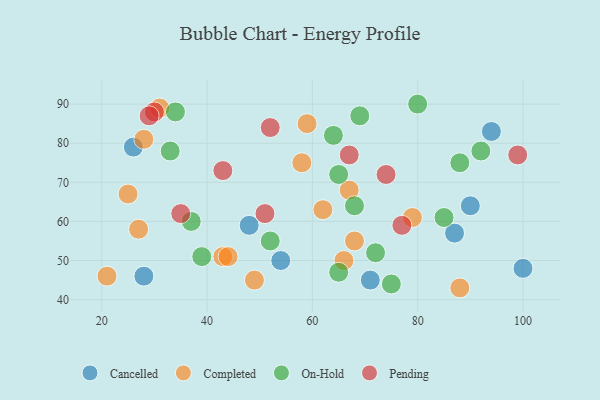
{"axis": {"x": "GDP", "y": "Life Expectancy"}, "legend": ["Cancelled", "Completed", "On-Hold", "Pending"], "data": [{"x": "28", "y": 46, "type": "Cancelled"}, {"x": "87", "y": 57, "type": "Cancelled"}, {"x": "71", "y": 45, "type": "Cancelled"}, {"x": "26", "y": 79, "type": "Cancelled"}, {"x": "94", "y": 83, "type": "Cancelled"}, {"x": "90", "y": 64, "type": "Cancelled"}, {"x": "100", "y": 48, "type": "Cancelled"}, {"x": "54", "y": 50, "type": "Cancelled"}, {"x": "48", "y": 59, "type": "Cancelled"}, {"x": "49", "y": 45, "type": "Completed"}, {"x": "67", "y": 68, "type": "Completed"}, {"x": "21", "y": 46, "type": "Completed"}, {"x": "79", "y": 61, "type": "Completed"}, {"x": "43", "y": 51, "type": "Completed"}, {"x": "66", "y": 50, "type": "Completed"}, {"x": "28", "y": 81, "type": "Completed"}, {"x": "62", "y": 63, "type": "Completed"}, {"x": "68", "y": 55, "type": "Completed"}, {"x": "25", "y": 67, "type": "Completed"}, {"x": "27", "y": 58, "type": "Completed"}, {"x": "44", "y": 51, "type": "Completed"}, {"x": "31", "y": 89, "type": "Completed"}, {"x": "58", "y": 75, "type": "Completed"}, {"x": "88", "y": 43, "type": "Completed"}, {"x": "59", "y": 85, "type": "Completed"}, {"x": "64", "y": 82, "type": "On-Hold"}, {"x": "52", "y": 55, "type": "On-Hold"}, {"x": "68", "y": 64, "type": "On-Hold"}, {"x": "33", "y": 78, "type": "On-Hold"}, {"x": "69", "y": 87, "type": "On-Hold"}, {"x": "80", "y": 90, "type": "On-Hold"}, {"x": "37", "y": 60, "type": "On-Hold"}, {"x": "72", "y": 52, "type": "On-Hold"}, {"x": "39", "y": 51, "type": "On-Hold"}, {"x": "34", "y": 88, "type": "On-Hold"}, {"x": "75", "y": 44, "type": "On-Hold"}, {"x": "85", "y": 61, "type": "On-Hold"}, {"x": "88", "y": 75, "type": "On-Hold"}, {"x": "65", "y": 72, "type": "On-Hold"}, {"x": "65", "y": 47, "type": "On-Hold"}, {"x": "92", "y": 78, "type": "On-Hold"}, {"x": "99", "y": 77, "type": "Pending"}, {"x": "51", "y": 62, "type": "Pending"}, {"x": "77", "y": 59, "type": "Pending"}, {"x": "30", "y": 88, "type": "Pending"}, {"x": "29", "y": 87, "type": "Pending"}, {"x": "67", "y": 77, "type": "Pending"}, {"x": "35", "y": 62, "type": "Pending"}, {"x": "52", "y": 84, "type": "Pending"}, {"x": "43", "y": 73, "type": "Pending"}, {"x": "74", "y": 72, "type": "Pending"}]}